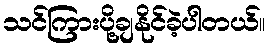
သင်ကြားပို့ချနိုင်ခဲ့ပါတယ်။